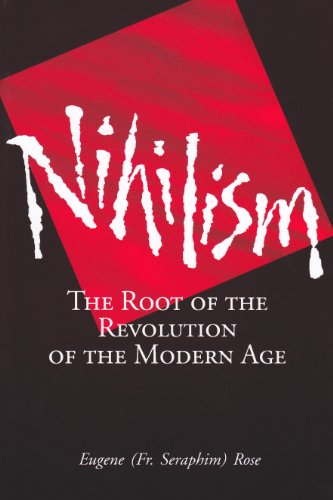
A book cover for Nihilism: The Root of the Revolution of the Modern Age; Seraphim Rose; Christian Books & Bibles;